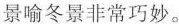
景喻冬景非常巧妙。